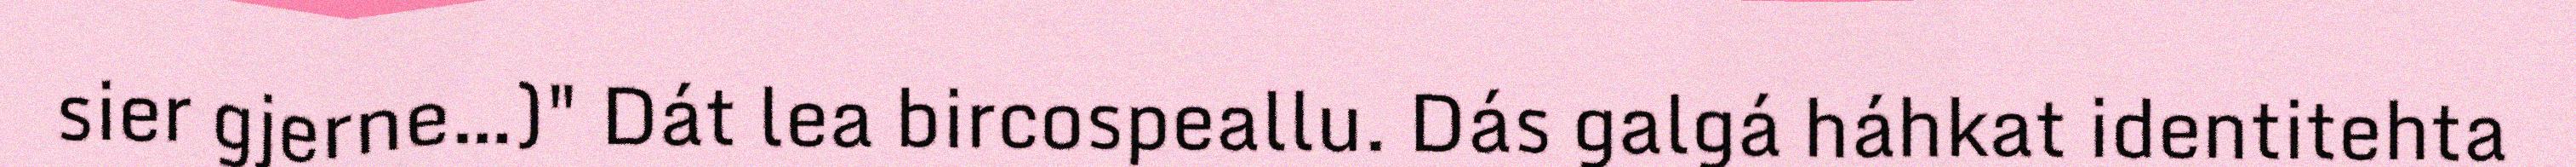
sier gjerne…)" Dát lea bircospeallu. Dás galgá háhkat identitehta